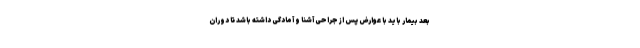
بعد بیمار باید با عوارض پس از جراحی آشنا و آمادگی داشته باشد تا دوران